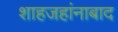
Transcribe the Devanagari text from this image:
शाहजहांनाबाद